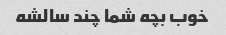
خوب بچه شما چند سالشه